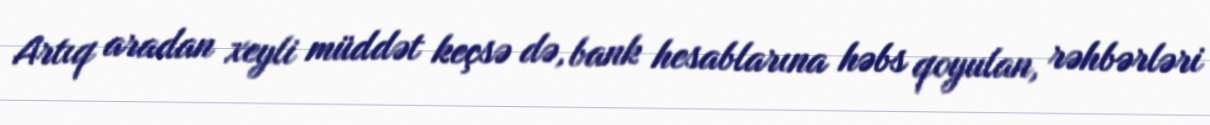
Artıq aradan xeyli müddət keçsə də, bank hesablarına həbs qoyulan, rəhbərləri